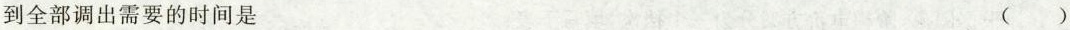
到全部调出需要的时间是 ( )